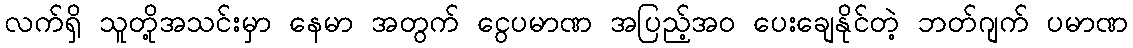
လက်ရှိ သူတို့အသင်းမှာ နေမာ အတွက် ငွေပမာဏ အပြည့်အ၀ ပေးချေနိုင်တဲ့ ဘတ်ဂျက် ပမာဏ